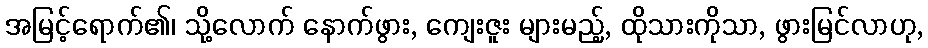
အမြင့်ရောက်၏၊ သို့လောက် နောက်ဖွား, ကျေးဇူး များမည့်, ထိုသားကိုသာ, ဖွားမြင်လာဟု,